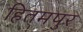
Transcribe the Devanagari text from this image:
हितमपुर